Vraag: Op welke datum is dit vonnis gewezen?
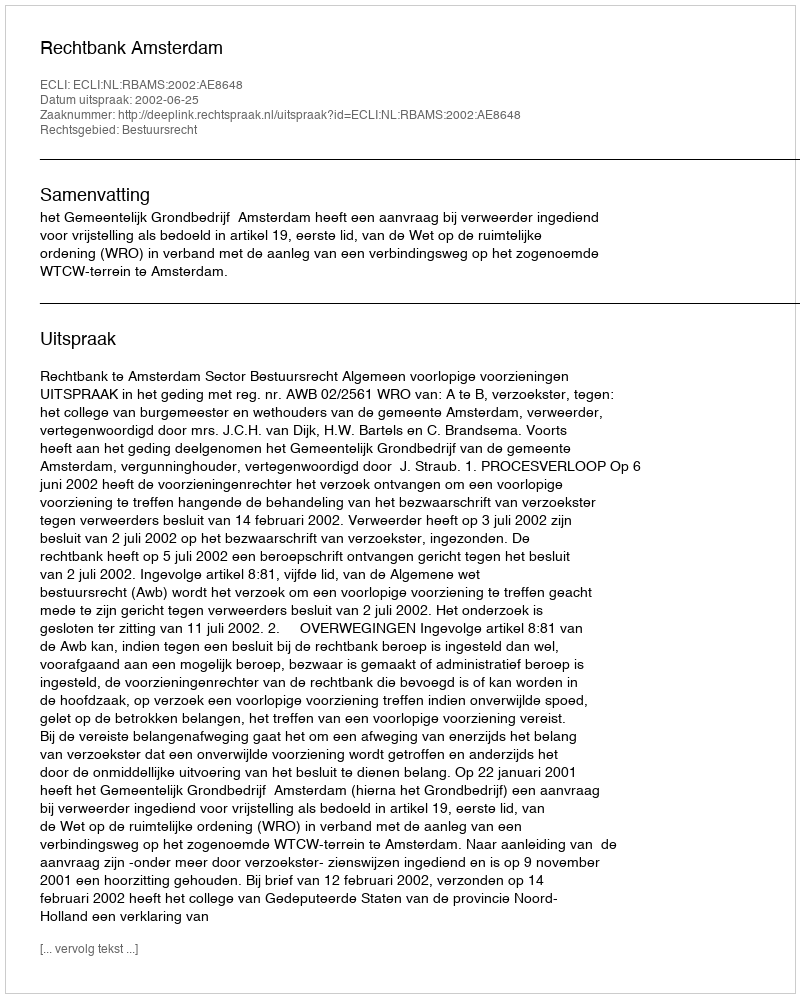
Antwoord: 2002-06-25